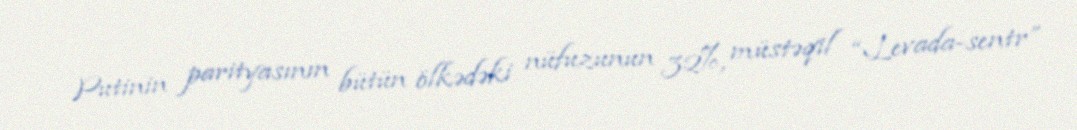
Putinin parityasının bütün ölkədəki nüfuzunun 32%, müstəqil “Levada-sentr”